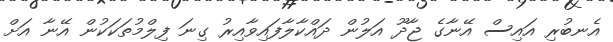
އެނބުރި އައިސް އޭނާގެ ޖާދޫ އަލުން ދައްކާލާފައިވާއިރު ގިނަ ފިލްމުތަކަކުން އޭނާ އަށް